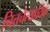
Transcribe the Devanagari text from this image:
चित्तचैत्यादिकं